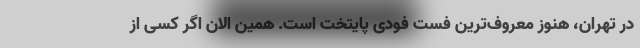
در تهران، هنوز معروف‌ترین فست فودی پایتخت است. همین الان اگر کسی از